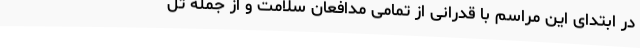
در ابتدای این مراسم با قدرانی از تمامی مدافعان سلامت و از جمله تل